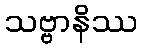
သဗ္ဗာနိဿ